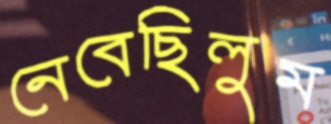
নেবেছিলুম